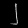
Digit: ၂